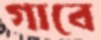
গাবে